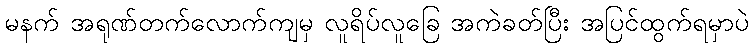
မနက် အရုဏ်တက်လောက်ကျမှ လူရိပ်လူခြေ အကဲခတ်ပြီး အပြင်ထွက်ရမှာပဲ